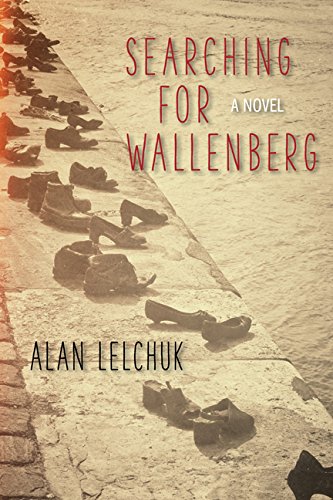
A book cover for Searching for Wallenberg: A Novel; Alan Lelchuk; Literature & Fiction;